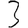
Digit: 3